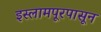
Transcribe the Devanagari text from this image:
इस्लामपूरपासून